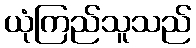
ယုံကြည်သူသည်